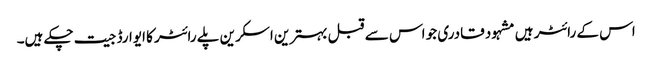
اس کے رائٹر ہیں مشہود قادری جو اس سے قبل بہترین اسکرین پلے رائٹر کا ایوارڈ جیت چکے ہیں۔